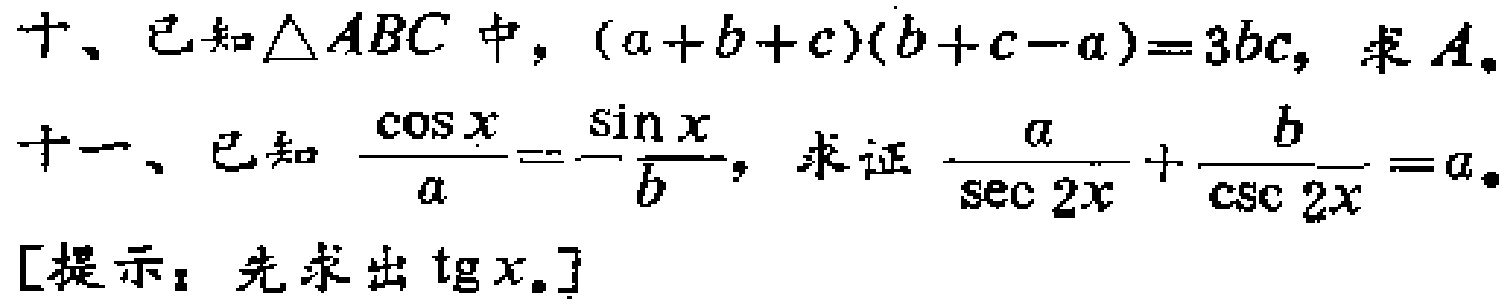
十、已知$\triangle ABC$中，$(a + b + c)(b + c - a) = 3bc$，求$A$。
十一、已知$\frac{\cos x}{a}=-\frac{\sin x}{b}$，求证$\frac{a}{\sec 2x}+\frac{b}{\csc 2x}=a$。
[提示：先求出$\text{tg }x$。]